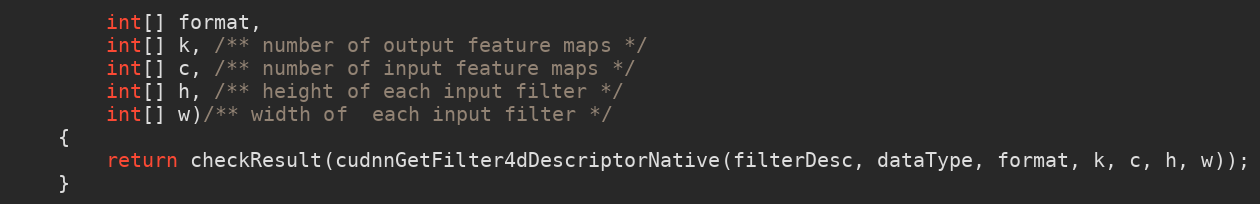
Language: Java
        int[] format,
        int[] k, /** number of output feature maps */
        int[] c, /** number of input feature maps */
        int[] h, /** height of each input filter */
        int[] w)/** width of  each input filter */
    {
        return checkResult(cudnnGetFilter4dDescriptorNative(filterDesc, dataType, format, k, c, h, w));
    }